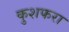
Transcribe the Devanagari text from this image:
कुशफरा